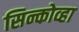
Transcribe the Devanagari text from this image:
सिन्कोव्हा